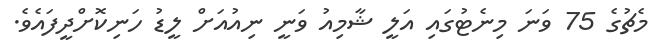
މެޗުގެ 75 ވަނަ މިނެޓުގައި އަލީ ޝާމިއު ވަނީ ނިއުއަށް ލީޑު ހަނިކޮށްދީފައެވެ.